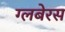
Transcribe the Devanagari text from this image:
ग्लबेरस